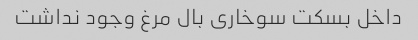
داخل بسکت سوخاری بال مرغ وجود نداشت